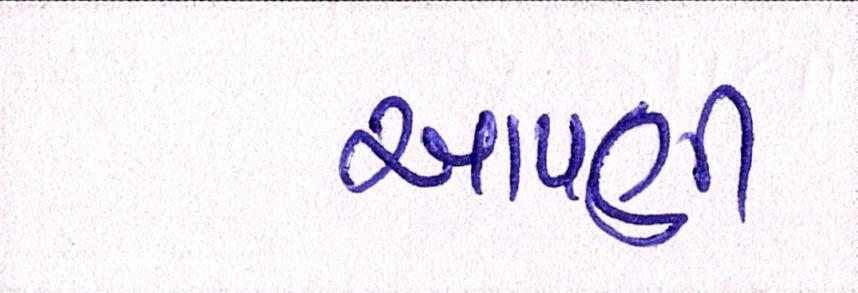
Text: આપણી